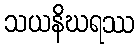
သယနိဃရဿ